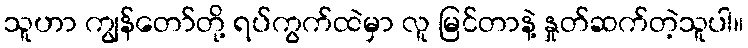
သူဟာ ကျွန်တော်တို့ ရပ်ကွက်ထဲမှာ လူ မြင်တာနဲ့ နှုတ်ဆက်တဲ့သူပါ။